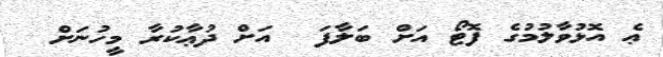
ޢެ އޮޅުވާލުމުގެ ފޮޓޯ އަށް ބަލާފަ  އަށް ދުޢާކުރާ މީހުނަށް